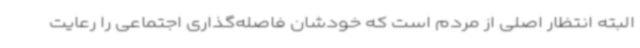
البته انتظار اصلی از مردم است که خودشان فاصله‌گذاری اجتماعی را رعایت